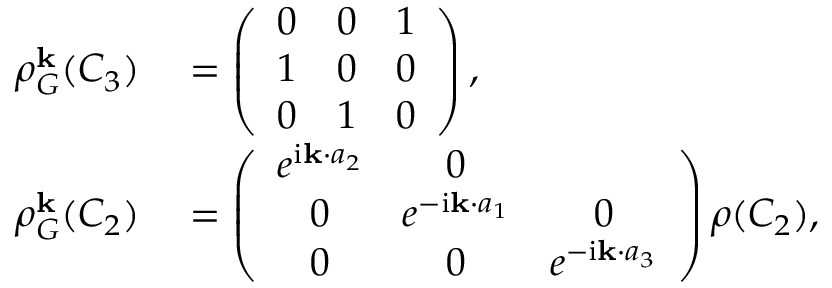
\begin{array} { r l } { \rho _ { G } ^ { \bf k } ( C _ { 3 } ) } & { { } = \left( \begin{array} { c c c } { 0 } & { 0 } & { 1 } \\ { 1 } & { 0 } & { 0 } \\ { 0 } & { 1 } & { 0 } \end{array} \right) , } \\ { \rho _ { G } ^ { \bf k } ( C _ { 2 } ) } & { { } = \left( \begin{array} { c c c } { e ^ { \mathrm { i } { \bf k } \cdot { a } _ { 2 } } } & { 0 } \\ { 0 } & { e ^ { - \mathrm { i } { \bf k } \cdot { a } _ { 1 } } } & { 0 } \\ { 0 } & { 0 } & { e ^ { - \mathrm { i } { \bf k } \cdot { a } _ { 3 } } } \end{array} \right) \rho ( C _ { 2 } ) , } \end{array}